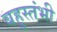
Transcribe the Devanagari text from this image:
बहुस्तंभी